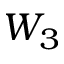
W _ { 3 }